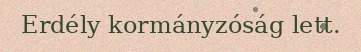
Erdély kormányzóság lett.